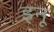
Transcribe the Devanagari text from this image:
इनू